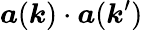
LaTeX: \boldsymbol{a}(\boldsymbol{k})\cdot\boldsymbol{a}(\boldsymbol{k}^{\prime})